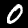
Label: 0